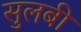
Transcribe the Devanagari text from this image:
सुलबी